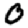
Digit: 0